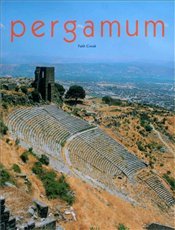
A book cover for Pergamum; Fatih Cimok; Travel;